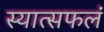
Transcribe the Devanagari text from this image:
स्यात्सफलं